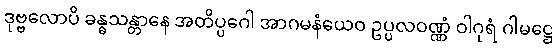
ဒုဗ္ဗလောပိ ခန္ဓသန္တာနေ အတိပ္ပဂေါ အာဂမနံယေဝ ဥပ္ပလဝဏ္ဏံ ဝါဂုရံ ဂါမဋ္ဌေ